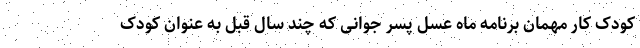
کودک کار مهمان برنامه ماه عسل پسر جوانی که چند سال قبل به عنوان کودک